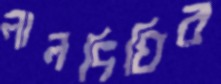
লালদিঘির